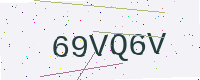
Text: 69VQ6V